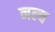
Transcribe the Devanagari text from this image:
नल्व